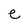
Character: e